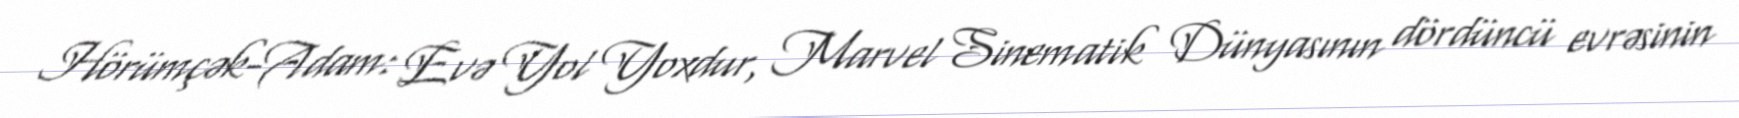
Hörümçək-Adam: Evə Yol Yoxdur, Marvel Sinematik Dünyasının dördüncü evrəsinin